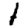
Digit: 1